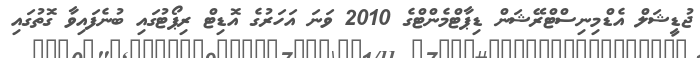
ޖުޑީޝަލް އެޑްމިނިސްޓްރޭޝަން ޑިޕާޓްމެންޓްގެ 2010 ވަނަ އަހަރުގެ އޮޑިޓް ރިޕޯޓުގައި ބުނެފައިވާ ގޮތުގައި